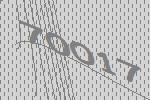
70017